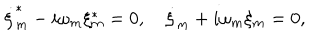
\dot { \xi } _ { m } ^ { \ast } - i \omega _ { m } \xi _ { m } ^ { \ast } = 0 , \quad \dot { \xi } _ { m } + i \omega _ { m } \xi _ { m } = 0 ,